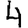
Digit: 4